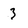
Character: 3